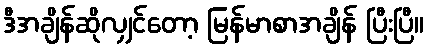
ဒီအချိန်ဆိုလျှင်တော့ မြန်မာစာအချိန် ပြီးပြီ။